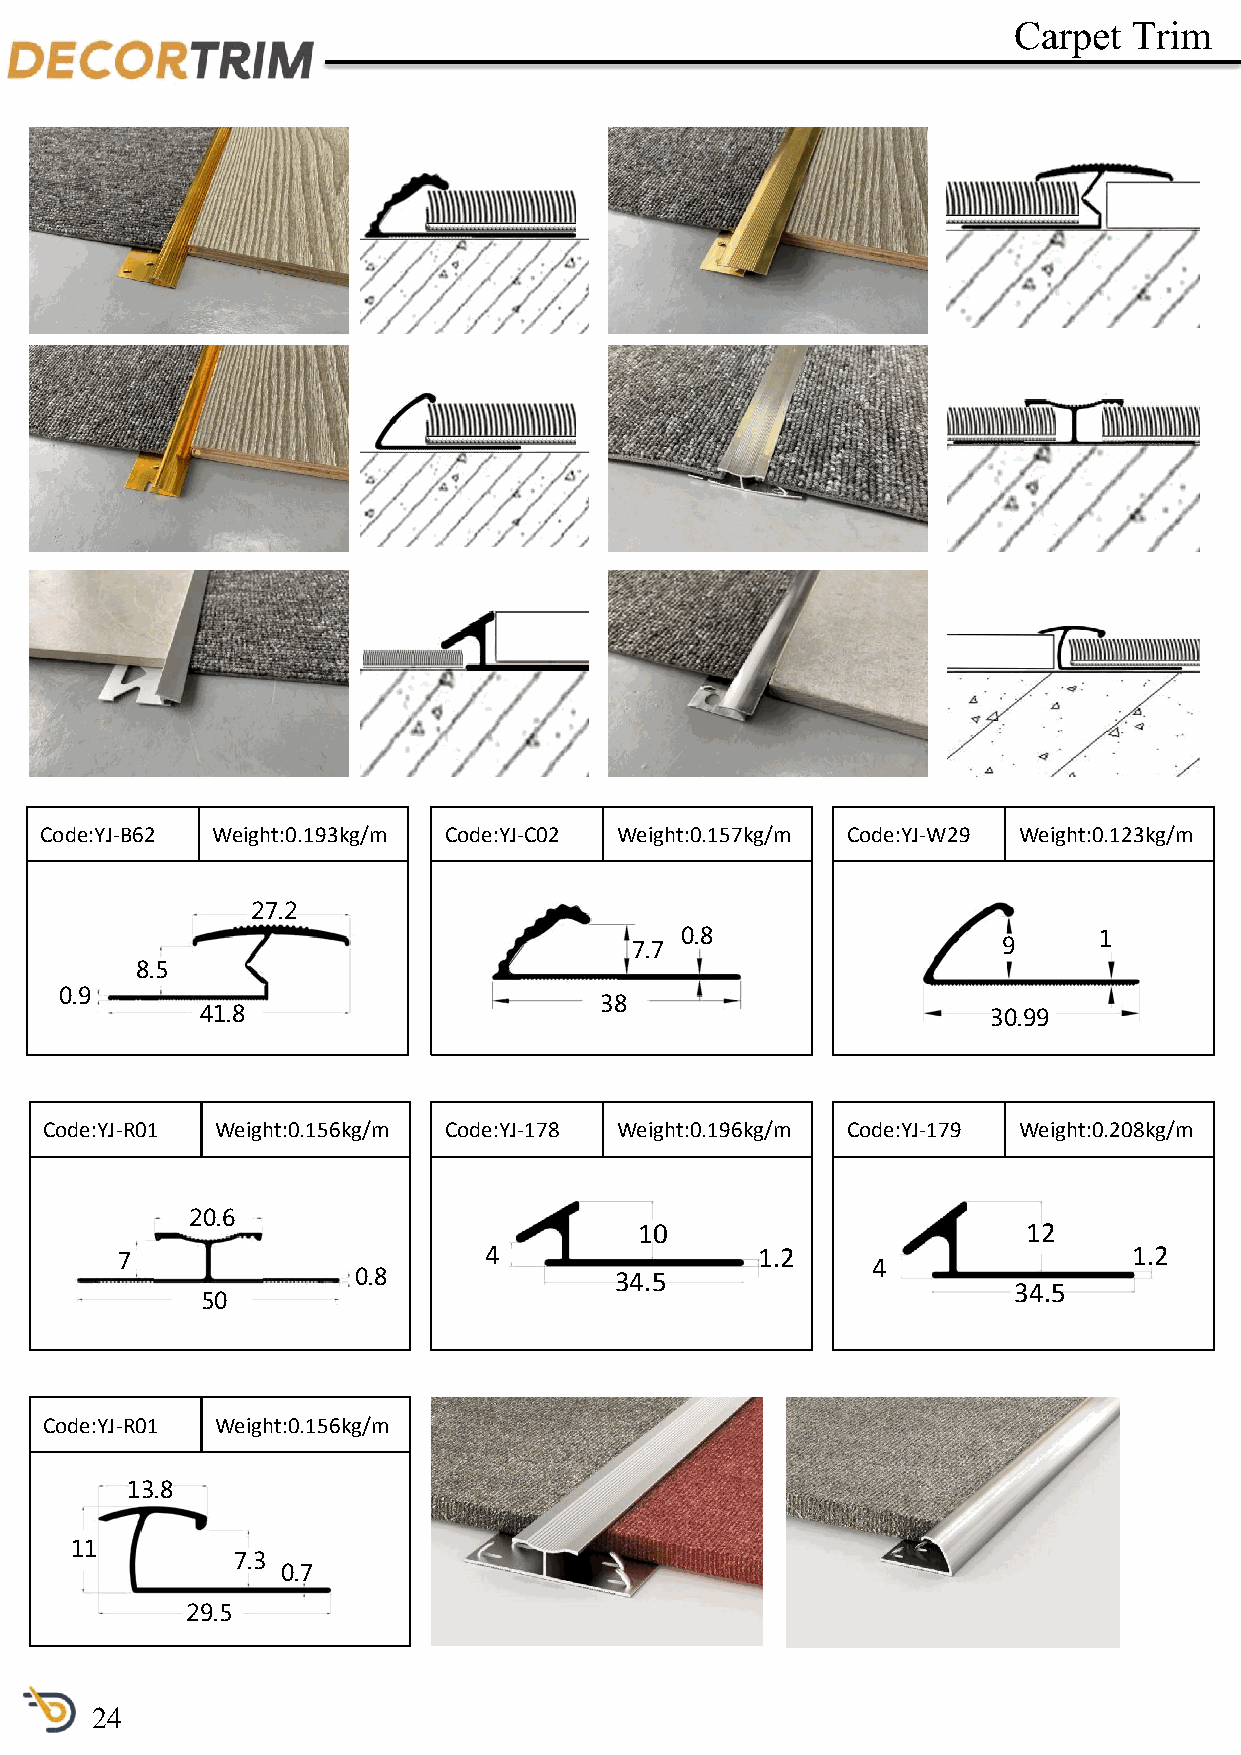
Carpet  Trim
 Code:YJ-B62 Weight:0.193kg/m Code:YJ-C02 Weight:0.157kg/m Code:YJ-W29 Weight:0.123kg/m
 27.2
 0.8                         1
 7.7                     9
 8.5
 0.9
 38
 41.8                                                 30.99
 Code:YJ-R01 Weight:0.156kg/m Code:YJ-178 Weight:0.196kg/m Code:YJ-179 Weight:0.208kg/m
 20.6
 10                        12
 4                 1.2                      1.2
 7                                                 4
 0.8               34.5
 34.5
 50
 Code:YJ-R01 Weight:0.156kg/m
 13.8
 11
 7.3
 0.7
 29.5
 24